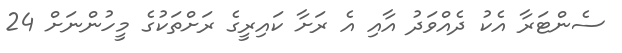
ސެންޓަރާ އެކު ދެއްވަދު އާއި އެ ރަށާ ކައިރީގެ ރަށްތަކުގެ މީހުންނަށް 24